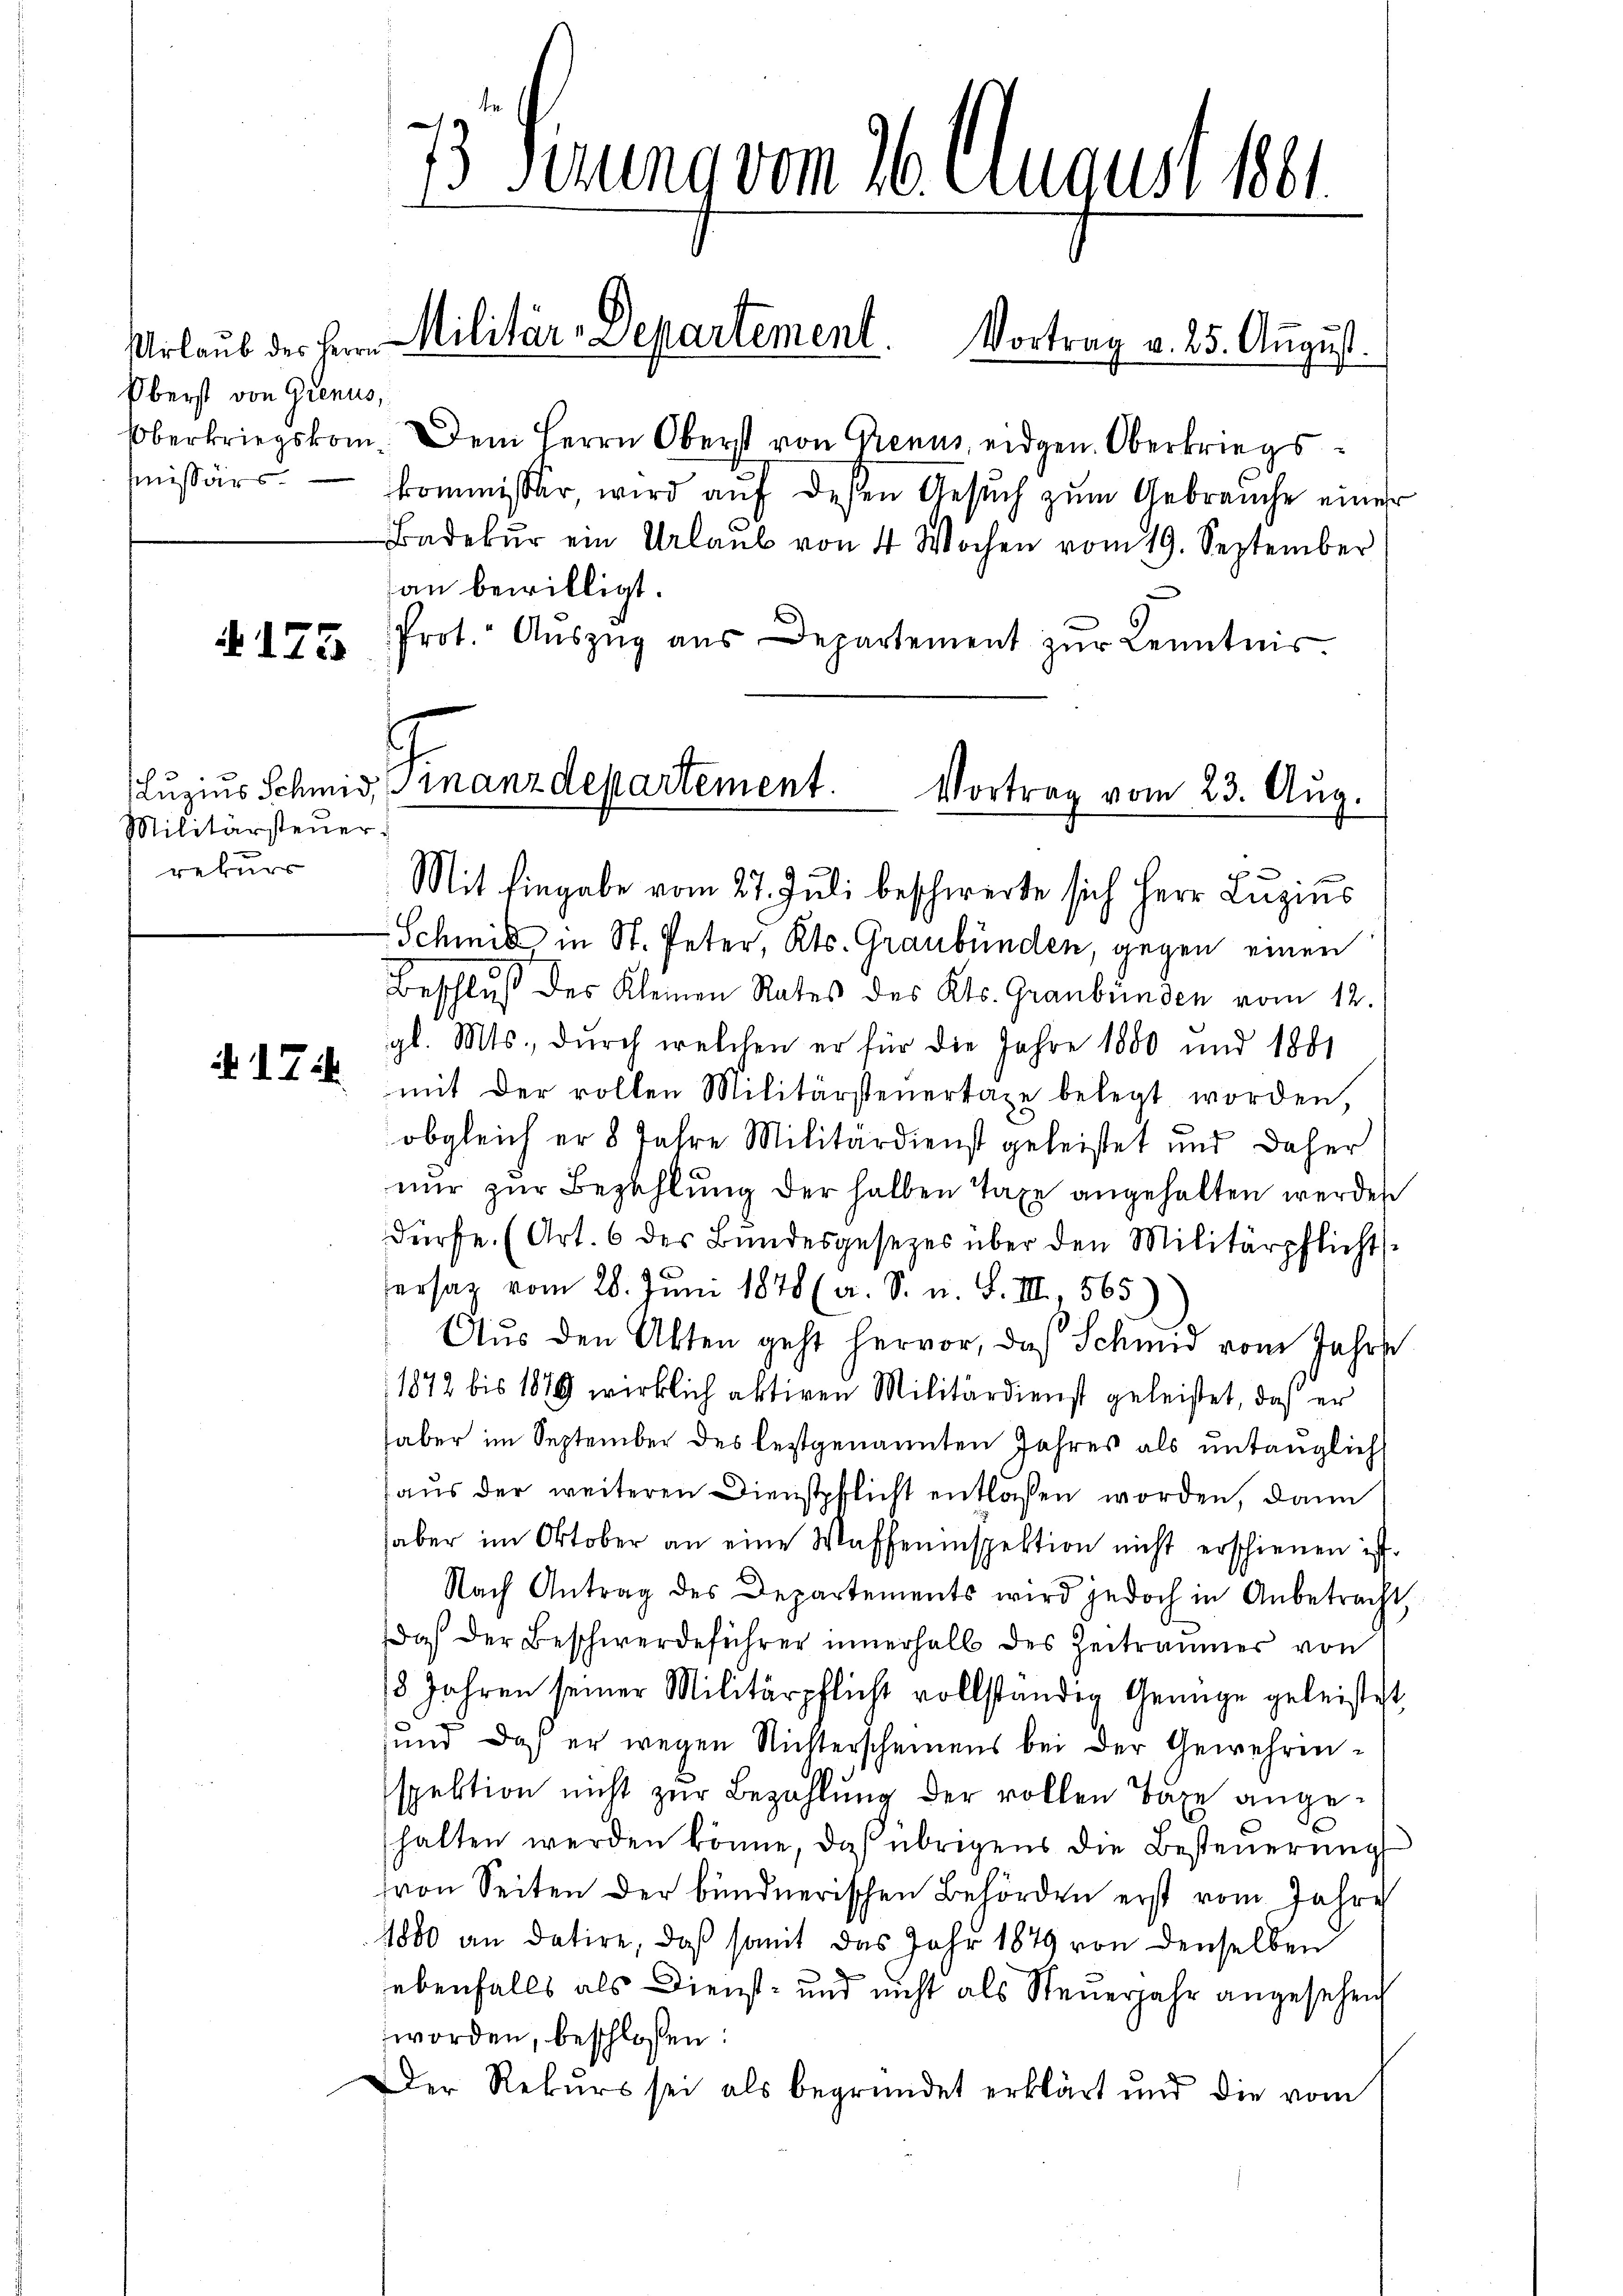
Urlaub des Herrn
Oberst von Grenus,
missärs

§ 175

Militärsteuer.
rekurr

. 17. ih

E

1 Gerung vom 26. August 1881

Militär-Departement. Vortrag v. 25. August.

Oberkriegskom. Dem Herrn Oberst von Genus eidgen. Oberkriegskommisser, wird auf dessen Gesuch zum Gebrauche einer
Badebŭr ein Urlaub von 4 Wochen vom 19. September
an bewilligt.
Prot. Aŭszŭg aŭs Departement zŭr Kenntnis

Lŭzius Schmid, einanzdepartement. Vortrag vom 23. Aug.

Mit Eingabe vom 27. Juli beschwerte sich Herr Lŭzins
Schmid in St. Peter, Kts. Graubünden, gegen einen
Beschluß des Kleinen Rates des Kts. Graubünden vom 12.
gl. Mts., durch welchen er für die Jahre 1880 und 1881
mit der rollen Militärsteuertaxe belegt worden,
obgleich er 8 Jahre Militärdienst geleistet und daher
nur zur Bezahlung der halben Taxe angehalten werden
dürfe. (Art. 6 des Bundesgesezes über den Militärpflicht
ersaz vom 28. Juni 1878 (a. S. u. S. III 565
Aus den Akten geht hervor, daß Schmid vom Jahre
1872 bis 1879 wirklich aktiven Militärdienst geleistet, daß er
aber im September des festgenannten Jahres als untänglich
aus der weiteren Dienstpflicht entlassen worden, dann
haber im Oktober an eine Waffeninspektion nicht erschienen ist.
Nach Antrag des Departements wird jedoch in Anbetracht,
daß der Beschwerdeführer innerhalb des Zeitraumes von
18 Jahren seiner Militärpflicht vollständig Genüge geleistet,
und daß er wegen Nichterscheinens bei der Gewehrinspektion nicht zur Bezahlung der vollen Taxe angehalten werden könne, daß übrigens die Besteuerung
hron Seiten der bündnerischen Behörden erst vom Jahre
1800 an datire, daß somit das Jahr 1849 von denselben
ebenfalls als Dienst- und nicht als Steuerjahr angesehen
worden, beschlossen:
Der Rekurs sei als begründet erklärt und die vom